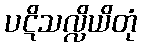
ပဋိသလ္လိယိတုံ